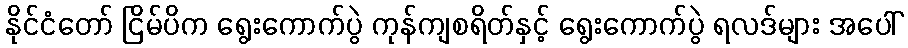
နိုင်ငံတော် ငြိမ်ပိက ရွေးကောက်ပွဲ ကုန်ကျစရိတ်နှင့် ရွေးကောက်ပွဲ ရလဒ်များ အပေါ်